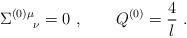
LaTeX: \begin{align*}\Sigma^{(0)\mu}_{\quad \ \nu} =0 \ , \qquad Q^{(0)} = {4\over l} \ . \end{align*}